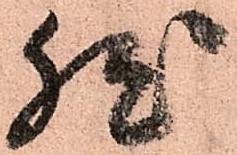
然